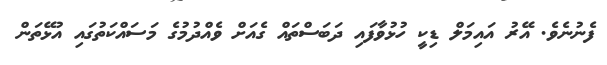
ފެނުނެވެ. އޭރު އައިމަލް ޑިކީ ހުޅުވާފައި ދަބަސްތައް ގެއަށް ވެއްދުމުގެ މަސައްކަތުގައި އުޅޭތަން